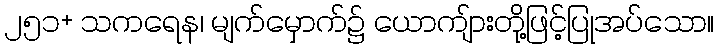
၂၅၁+ သကရေန၊ မျက်မှောက်၌ ယောကျ်ားတို့ဖြင့်ပြုအပ်သော။